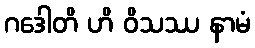
ဂဒေါတိ ဟိ ဝိသဿ နာမံ